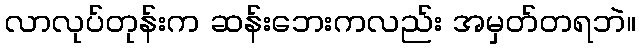
လာလုပ်တုန်းက ဆန်းဘေးကလည်း အမှတ်တရဘဲ။